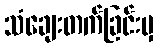
သံချေးတက်ခြင်းမှ